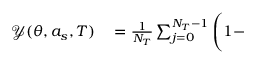
\begin{array} { r l } { \mathcal { Y } ( \theta , a _ { s } , T ) } & { { } = \frac { 1 } { N _ { T } } \sum _ { j = 0 } ^ { N _ { T } - 1 } \left( 1 - \Biggr . \right. } \end{array}